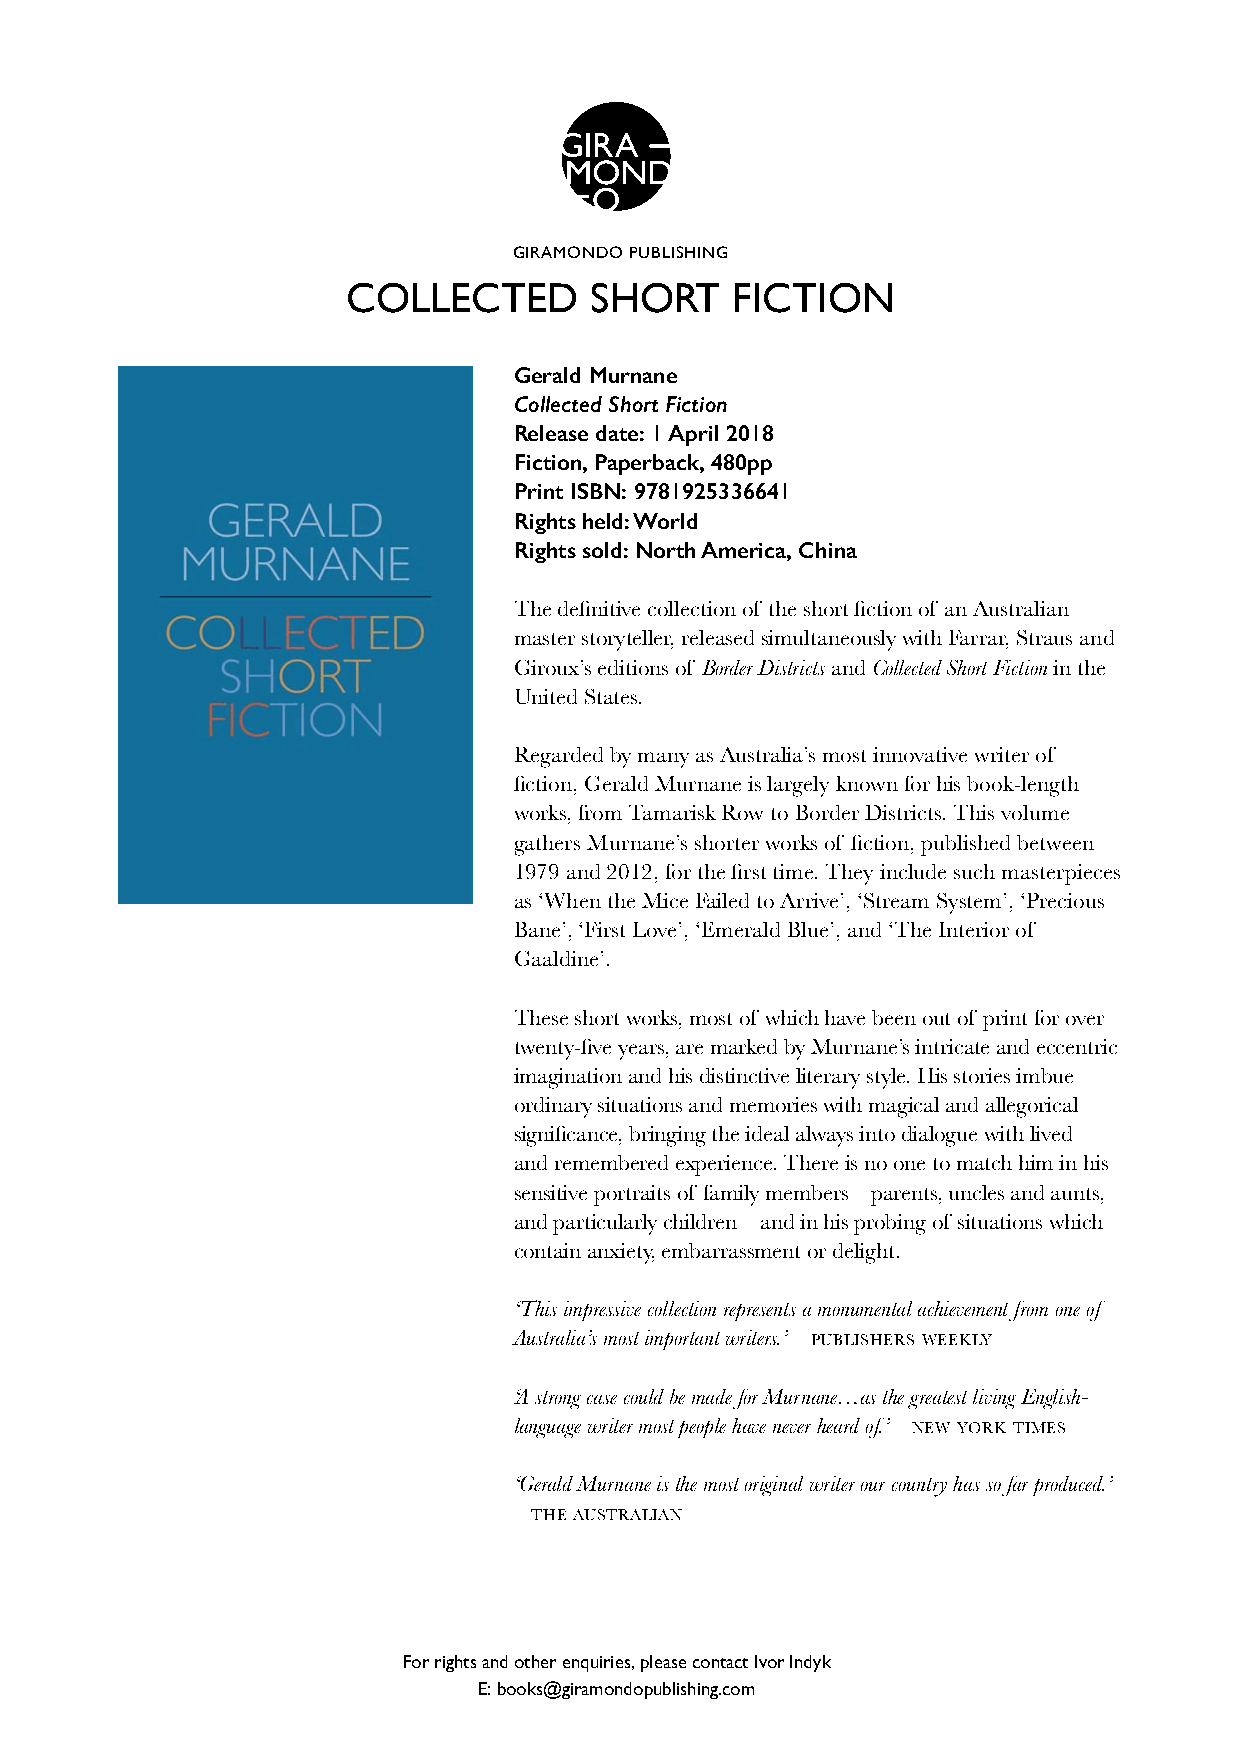
GIRAMONDO PUBLISHING
 COLLECTED       SHORT    FICTION
 Gerald Murnane
 Collected Short Fiction
 Release date: 1 April 2018
 Fiction, Paperback, 480pp
 Print ISBN: 9781925336641
 Rights held: World
 Rights sold: North America, China
 The definitive collection of the short fiction of an Australian
 master storyteller, released simultaneously with Farrar, Straus and
 Giroux’s editions of Border Districts and Collected Short Fiction in the
 United States.
 Regarded by many as Australia’s most innovative writer of
 fiction, Gerald Murnane is largely known for his book-length
 works, from Tamarisk Row to Border Districts. This volume
 gathers Murnane’s shorter works of fiction, published between
 1979 and 2012, for the first time. They include such masterpieces
 as ‘When the Mice Failed to Arrive’, ‘Stream System’, ‘Precious
 Bane’, ‘First Love’, ‘Emerald Blue’, and ‘The Interior of
 Gaaldine’.
 These short works, most of which have been out of print for over
 twenty-five years, are marked by Murnane’s intricate and eccentric
 imagination and his distinctive literary style. His stories imbue
 ordinary situations and memories with magical and allegorical
 significance, bringing the ideal always into dialogue with lived
 and remembered experience. There is no one to match him in his
 sensitive portraits of family members – parents, uncles and aunts,
 and particularly children – and in his probing of situations which
 contain anxiety, embarrassment or delight.
 ‘This impressive collection represents a monumental achievement from one of
 Australia’s most important writers.’ – publishers weekly
 ‘A strong case could be made for Murnane…as the greatest living English-
 language writer most people have never heard of.’ – new york times
 ‘Gerald Murnane is the most original writer our country has so far produced.’
 – the australian
 For rights and other enquiries, please contact Ivor Indyk
 E: books@giramondopublishing.com